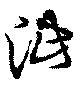
泚